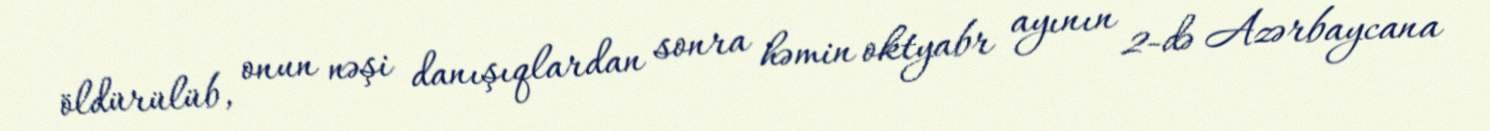
öldürülüb, onun nəşi danışıqlardan sonra həmin oktyabr ayının 2-də Azərbaycana